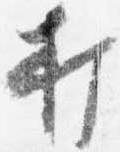
打